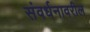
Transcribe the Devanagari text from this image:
संवर्धनावरील